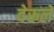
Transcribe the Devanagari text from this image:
वेरूले